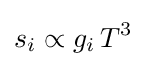
s_{i}\propto g_{i}\,T^{3}